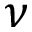
\nu